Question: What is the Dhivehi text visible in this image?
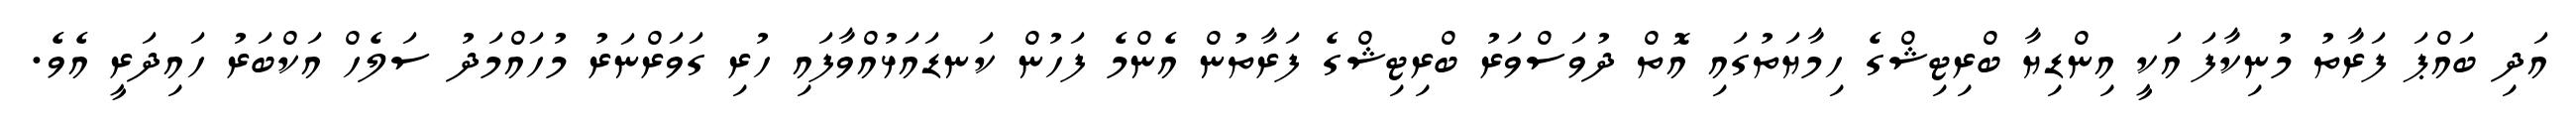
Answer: އަދި ބައްޕަ ފަރާތު މުނިކާފަ އަކީ އިންޑިޔާ ބްރިޓިޝްގެ ހިމާޔަތުގައި އޮތް ދުވަސްވަރު ބްރިޓިޝްގެ ފަރާތުން އެންމެ ފަހުން ކަނޑައަޅުއްވާފައި ހުރި ގަވަރްނަރު މުހައްމަދު ސަލެހް އަކްބަރު ހައިދަރީ އެވެ.